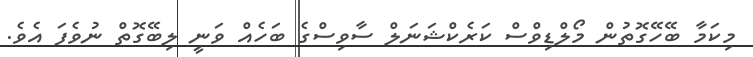
މިކަމާ ބޭހޭގޮތުން މޯލްޑިވްސް ކަރެކްޝަނަލް ސާވިސްގެ ބަހެއް ވަނީ ލިބޭގޮތް ނުވެފަ އެވެ.